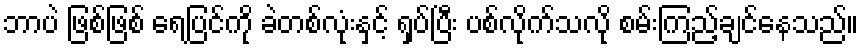
ဘာပဲ ဖြစ်ဖြစ် ရေပြင်ကို ခဲတစ်လုံးနှင့် ရှပ်ပြီး ပစ်လိုက်သလို စမ်းကြည့်ချင်နေသည်။